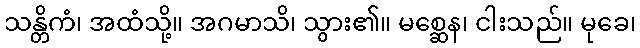
သန္တိကံ၊ အထံသို့။ အဂမာသိ၊ သွား၏။ မစ္ဆေန၊ ငါးသည်။ မုခေ၊